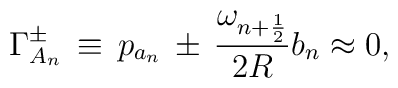
\Gamma_{A_{n}}^{\pm}\,\equiv\,p_{a_{n}}\,\pm \,\frac{\omega_{n + \frac{1}{2}}}{2R} b_{n} \approx 0,